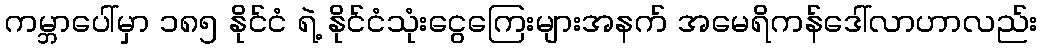
ကမ္ဘာပေါ်မှာ ၁၈၅ နိုင်ငံ ရဲ့ နိုင်ငံသုံးငွေကြေးများအနက် အမေရိကန်ဒေါ်လာဟာလည်း